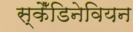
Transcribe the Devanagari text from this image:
स्कैँडिनेवियन